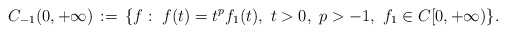
\begin{align*}C_{-1}(0,+\infty)\, := \, \{f:\ f(t)=t^{p}f_1(t),\ t>0,\ p > -1,\ f_1\in C[0,+\infty)\}.\end{align*}